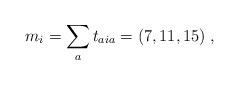
LaTeX: \begin{align*}m_i=\sum_at_{aia} =(7,11,15)\;,\end{align*}